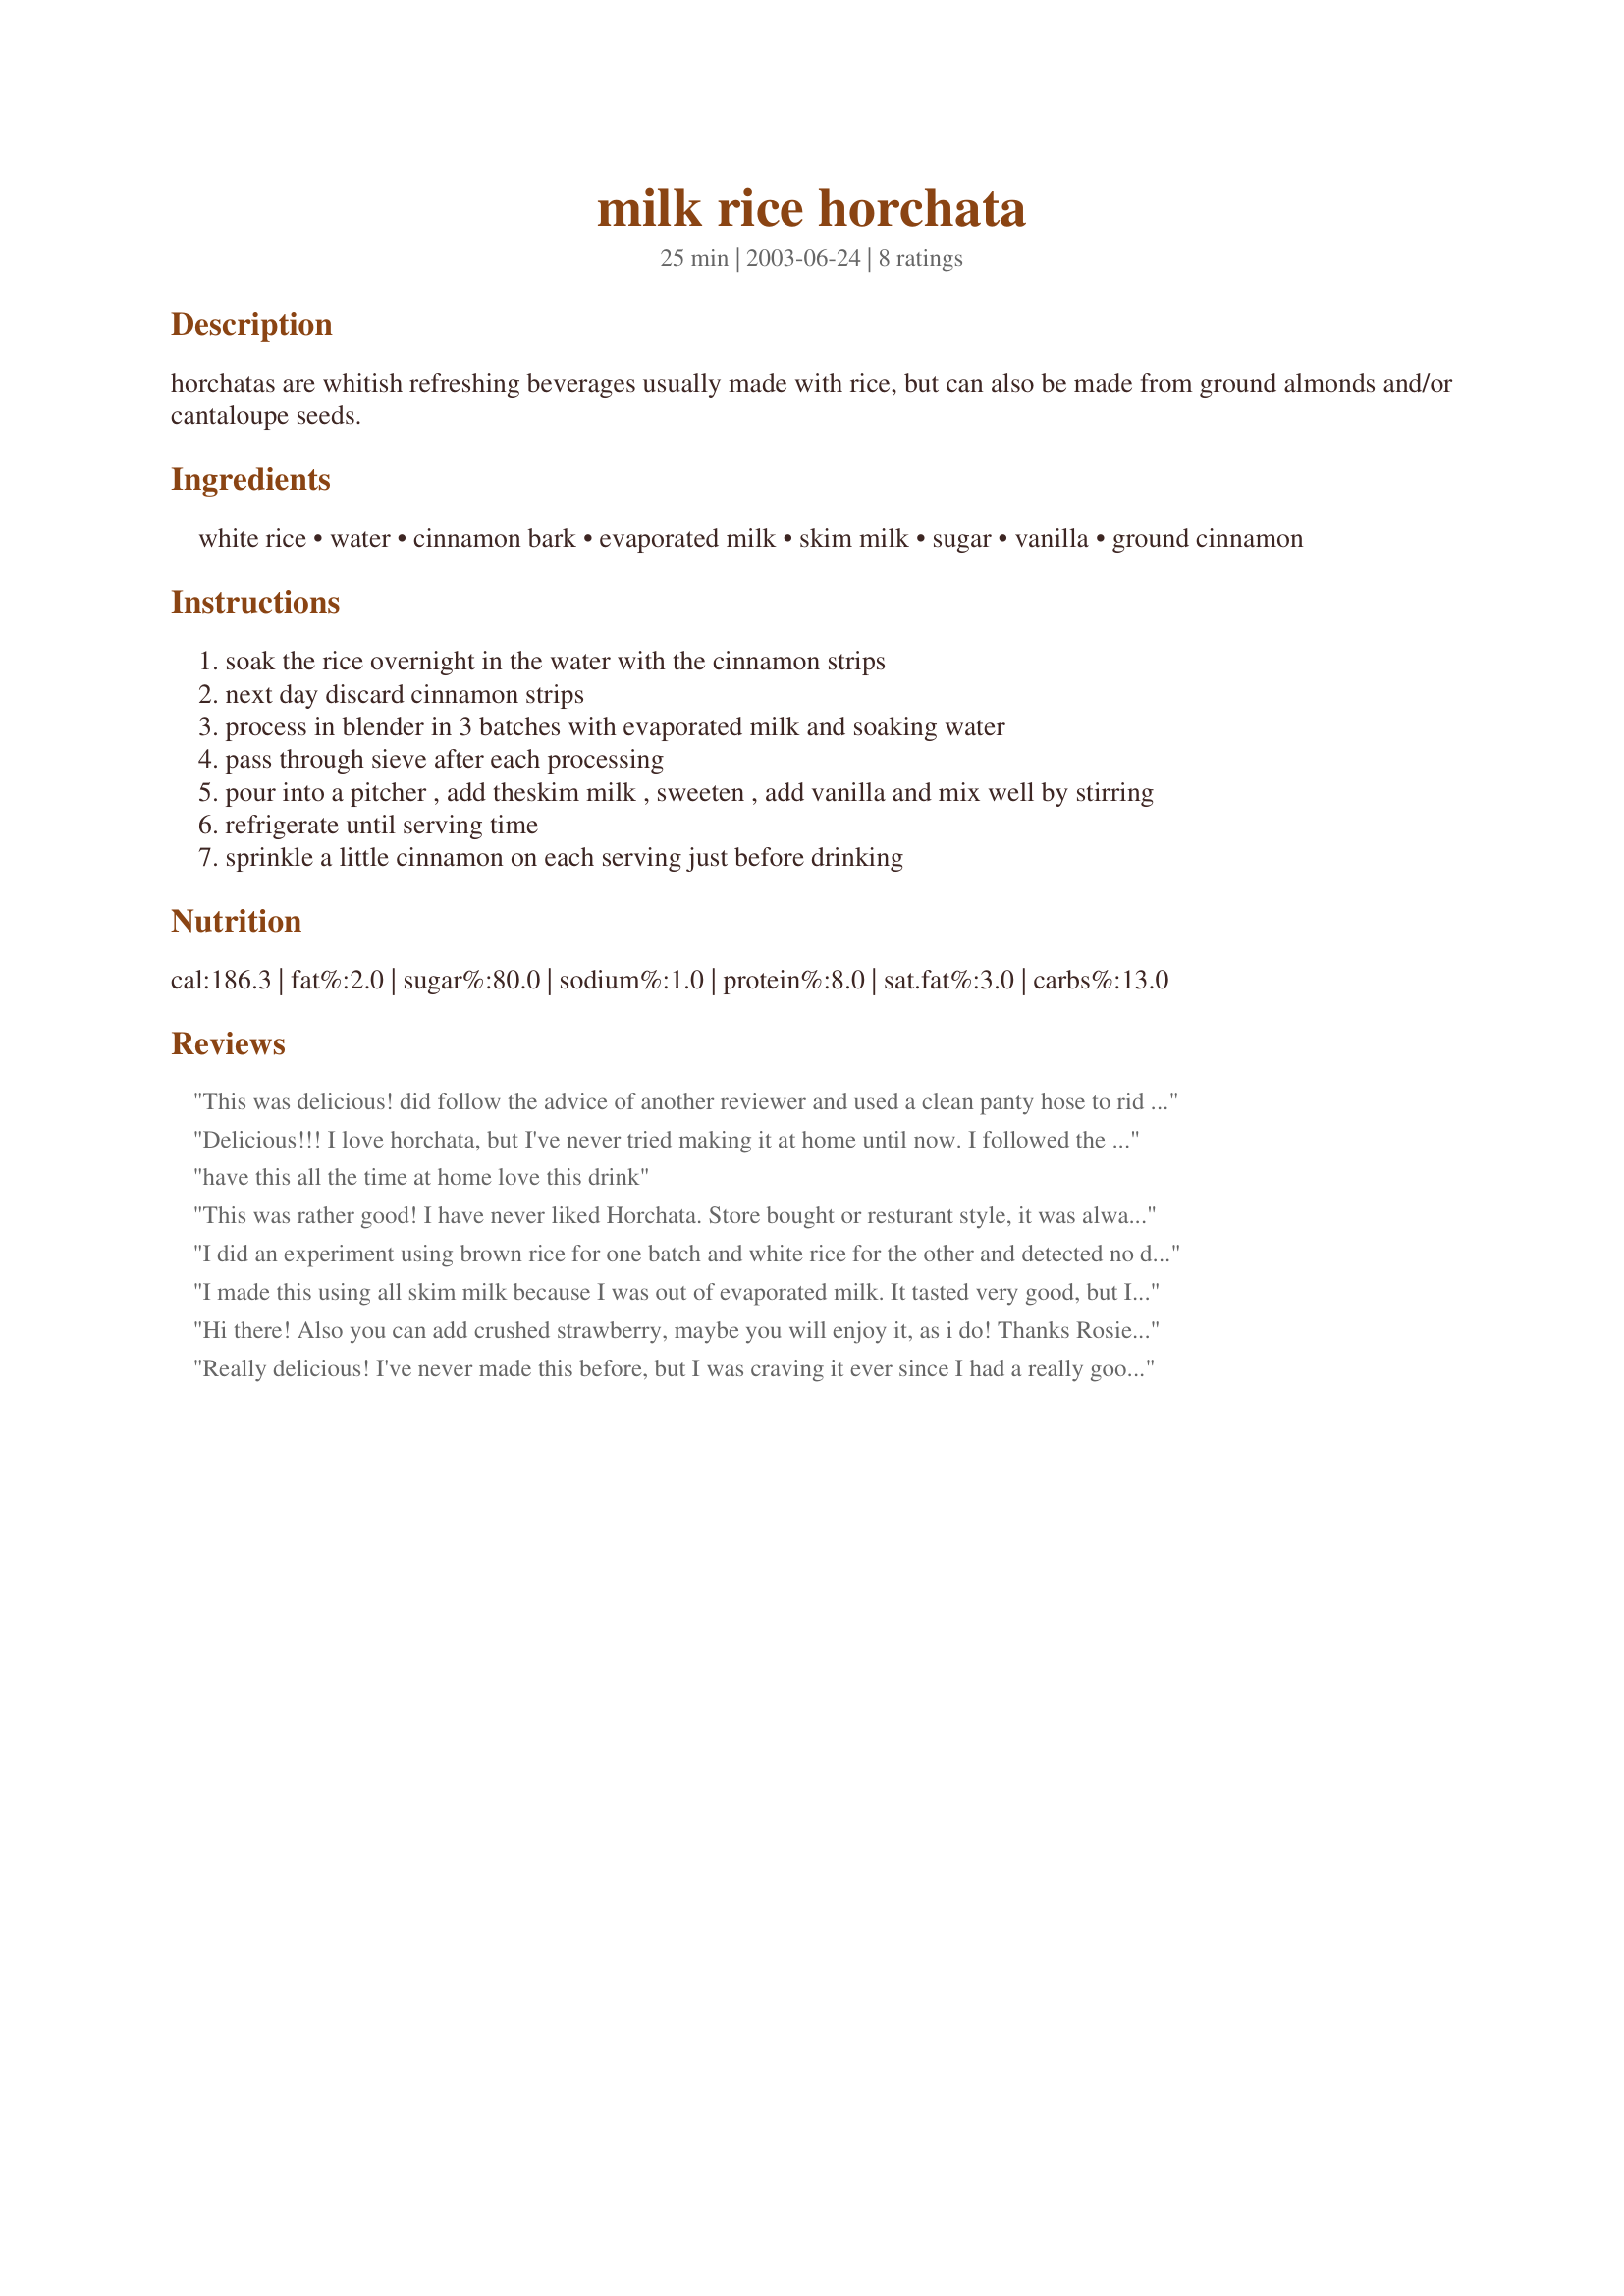
milk rice horchata
Preparation time: 25 minutes

horchatas are whitish refreshing beverages usually made with rice, but can also be made from ground almonds and/or cantaloupe seeds.

Ingredients:
white rice, water, cinnamon bark, evaporated milk, skim milk, sugar, vanilla, ground cinnamon

Steps:
soak the rice overnight in the water with the cinnamon strips
next day discard cinnamon strips
process in blender in 3 batches with evaporated milk and soaking water
pass through sieve after each processing
pour into a pitcher , add theskim milk , sweeten , add vanilla and mix well by stirring
refrigerate until serving time
sprinkle a little cinnamon on each serving just before drinking

Reviews:
This was delicious! did follow the advice of another reviewer and used a clean panty hose to rid the drink of as much "grittiness" as possible. It turned out YUMMY!
Delicious!!! I love horchata, but I've never tried making it at home until now. I followed the directions exactly, using a 12 oz. can of evaporated milk and a full 1 cup of sugar. It turned out a little sweeter than I'm used to, but I liked the results! I like ordering horchata at my favorite Mexican restaurant, but this recipe is MUCH better than theirs! Thanks Mexi-Rosie for sharing your recipe, I'll be making this recipe often!
have this all the time at home love this drink
This was rather good! I have never liked Horchata. Store bought or resturant style, it was always really gritty and way too sweet. But this was perfect. I used a strainer with a fine mess lined with a cheese cloth to drain the rice. It was good, I really liked it. The only sub I used was whole milk instead of skim because that's what I had on hand. Hubby liked it, even my mom and that's saying a lot because she usually wouldn't touch it with a ten foot pole. This will be our new drink at the breakfast table. Thanks for a great recipe!
I did an experiment using brown rice for one batch and white rice for the other and detected no difference in taste, texture or even the color. The only difference with using brown rice is that it is healthier. In the soaking water with the rice I also added 2 heaping tablespoons of slivered almonds. When ready to pour the horchata in drinking glasses I would strongly recommend using a small sieve to catch any bits of rice that may have not been sieved out. Each batch had 1/3 cup of unbleached sugar and about 1 whole tablespoon of grated piloncillo. We enjoy the sprinkle of cinnamon on top. Instead of evaporated milk I opted to use recipe #39562 for an easy homemade version.
Very delicious and much, much better and fresher tasting than any horchata I've had in a restaurant. I think next time I might use jasmine or basmati rice for a different flavor.
I made this using all skim milk because I was out of evaporated milk. It tasted very good, but I don't think I strained it enough because it was still a little gritty. I think I will use a new clean nylon stocking next time! Thanks for a great recipe!
Hi there! Also you can add crushed strawberry, maybe you will enjoy it, as i do! Thanks Rosie for the recipe.
Really delicious! I've never made this before, but I was craving it ever since I had a really good batch of it at a local mexican restaurant. I used fat free evaporated milk, and used the 12oz. can, other than that I didn't make any alterations to the recipe. I didn't have a sieve, or cheesecloth, but I had a french press for coffee, and that worked BEAUTIFULLY! :)
